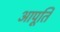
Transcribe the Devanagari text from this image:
आपूर्ति